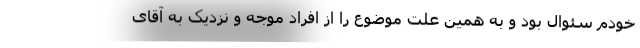
خودم سئوال بود و به همین علت موضوع را از افراد موجه و نزدیک به آقای